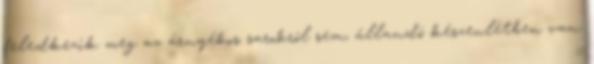
feledkezik meg az árnyékos sarokról sem, állandó készenlétben van.